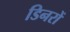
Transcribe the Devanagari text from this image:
डिनरों